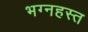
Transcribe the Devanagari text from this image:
भग्नहस्त